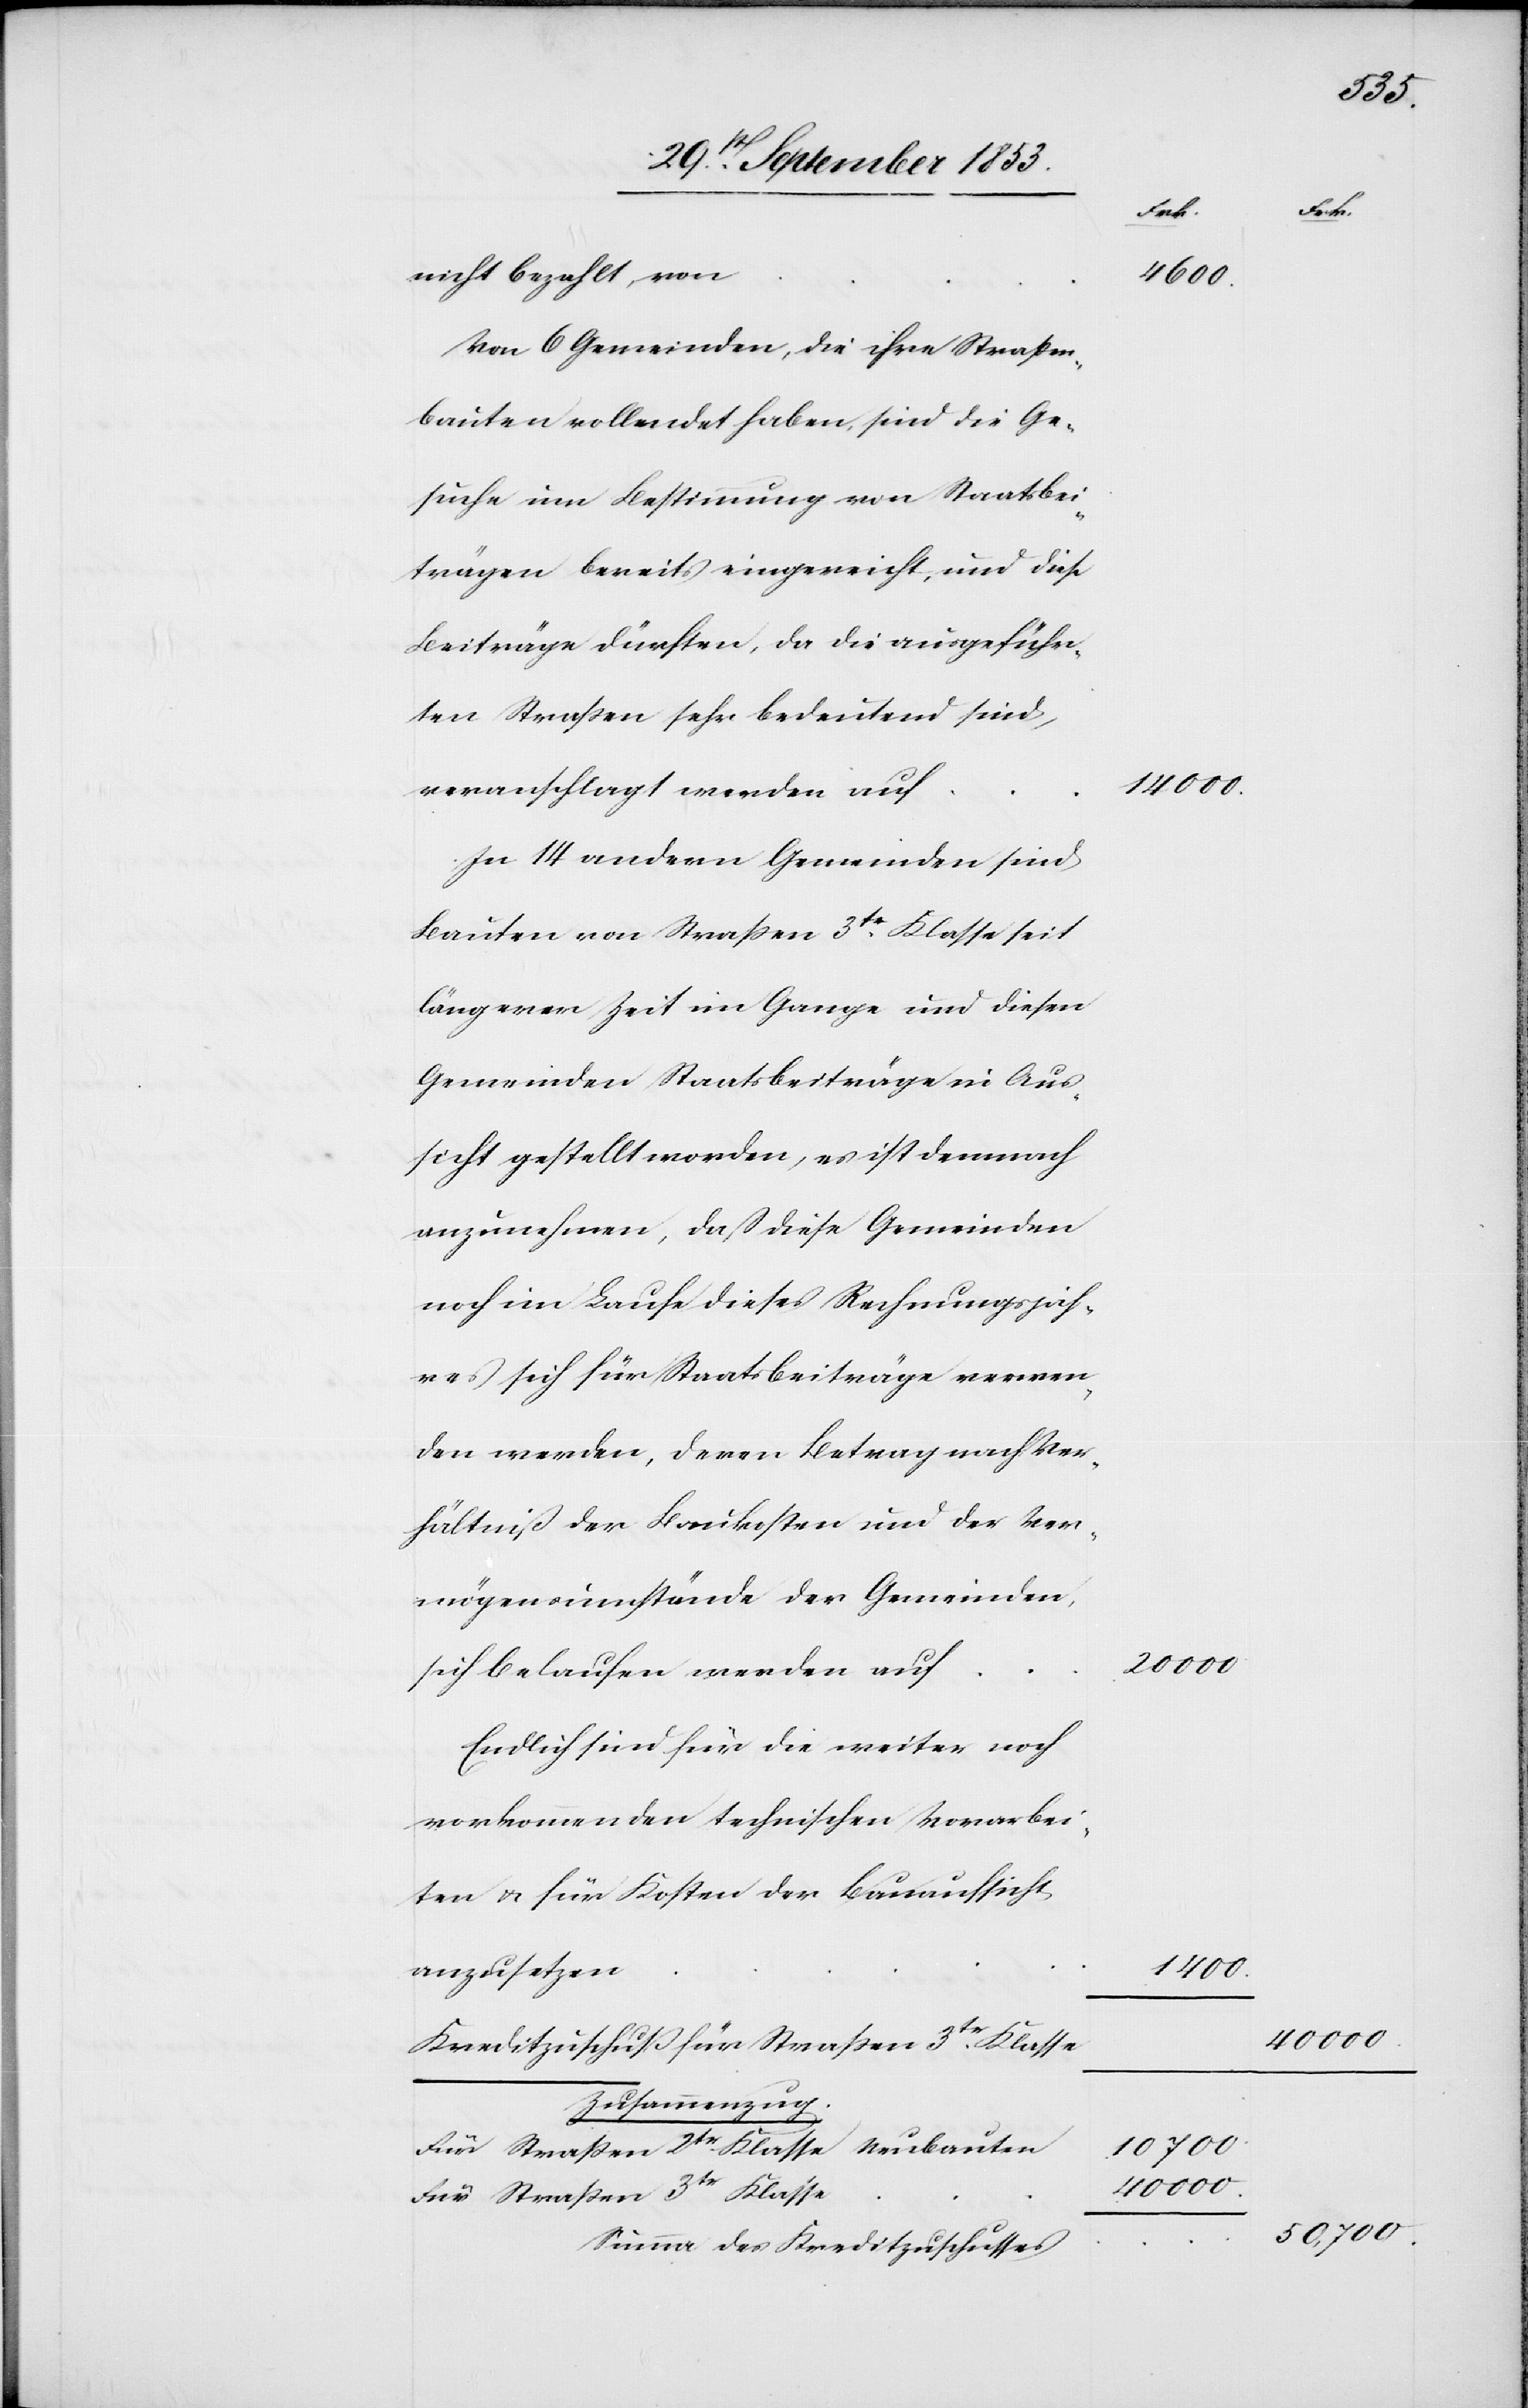
nicht bezahlt von
Von 6 Gemeinden, die ihre Straßena¬
rbeiten vollendet haben, sind die Ge¬
suche um Bestimmung von Staatsbei¬
trägen bereits eingereicht, und diese
Beiträge dürften, da die angeführ¬
ten Straßen sehr bedeutend sind,
veranschlagt werden auf
In 14 andern Gemeinden sind
Bauten von Straßen 3tr Klasse seit
längerer Zeit im Gange und diesen
Gemeinden Staatsbeiträge in Aus¬
sicht gestellt worden, es ist demnach
anzunehmen, daß diese Gemeinden
noch im Laufe dieses Rechnungsjah¬
res sich für Staastbeiträge verwen¬
den werden, deren Betrag nach Ver¬
hältniß der Baukosten und der Ver¬
mögensumstände der Gemeinden,
sich belaufen werden auf
Endlich sind für die weiter noch
vorkommenden technischen Vorarbei¬
ten u. für Kosten der Bauaufsicht
anzusetzen
Kreditzuschuß für Straßen 3tr Klasse
Zusammenzug.
Für Straßen 2tr Klasse Neubauten
Für Straßen 3tr Klasse
Summa des Kreditzuschusses

14 000
40 000.
1400.
10 700.

40 000.
50,700.